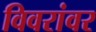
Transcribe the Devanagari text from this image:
विवरांवर